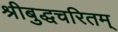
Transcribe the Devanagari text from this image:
श्रीबुद्धचरितम्